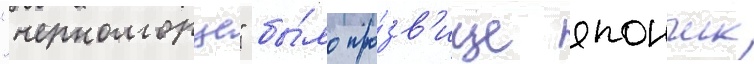
"черноморце" бы́ло про́зв'ище япончик